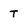
Character: T